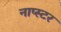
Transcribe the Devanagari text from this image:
नाप्स्टर